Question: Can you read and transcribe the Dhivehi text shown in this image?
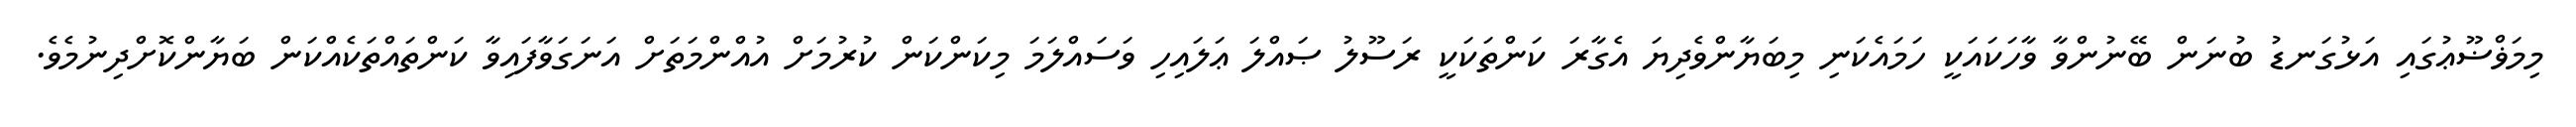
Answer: މިމަޥްޟޫޢުގައި އަޅުގަނޑު ބުނަން ބޭނުންވާ ވާހަކައަކީ ހަމައެކަނި މިބަޔާންވެދިޔަ އެގާރަ ކަންތަކަކީ ރަސޫލު ޞައްލަ ޢަލައިހި ވަސައްލަމަ މިކަންކަން ކުރުމަށް އުއްންމަތަށް އަނަގަވާފައިވާ ކަންތައްތަކެއްކަން ބަޔާންކޮށްދިނުމެވެ.